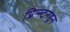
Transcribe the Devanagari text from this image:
प्रिन्स्टनहून